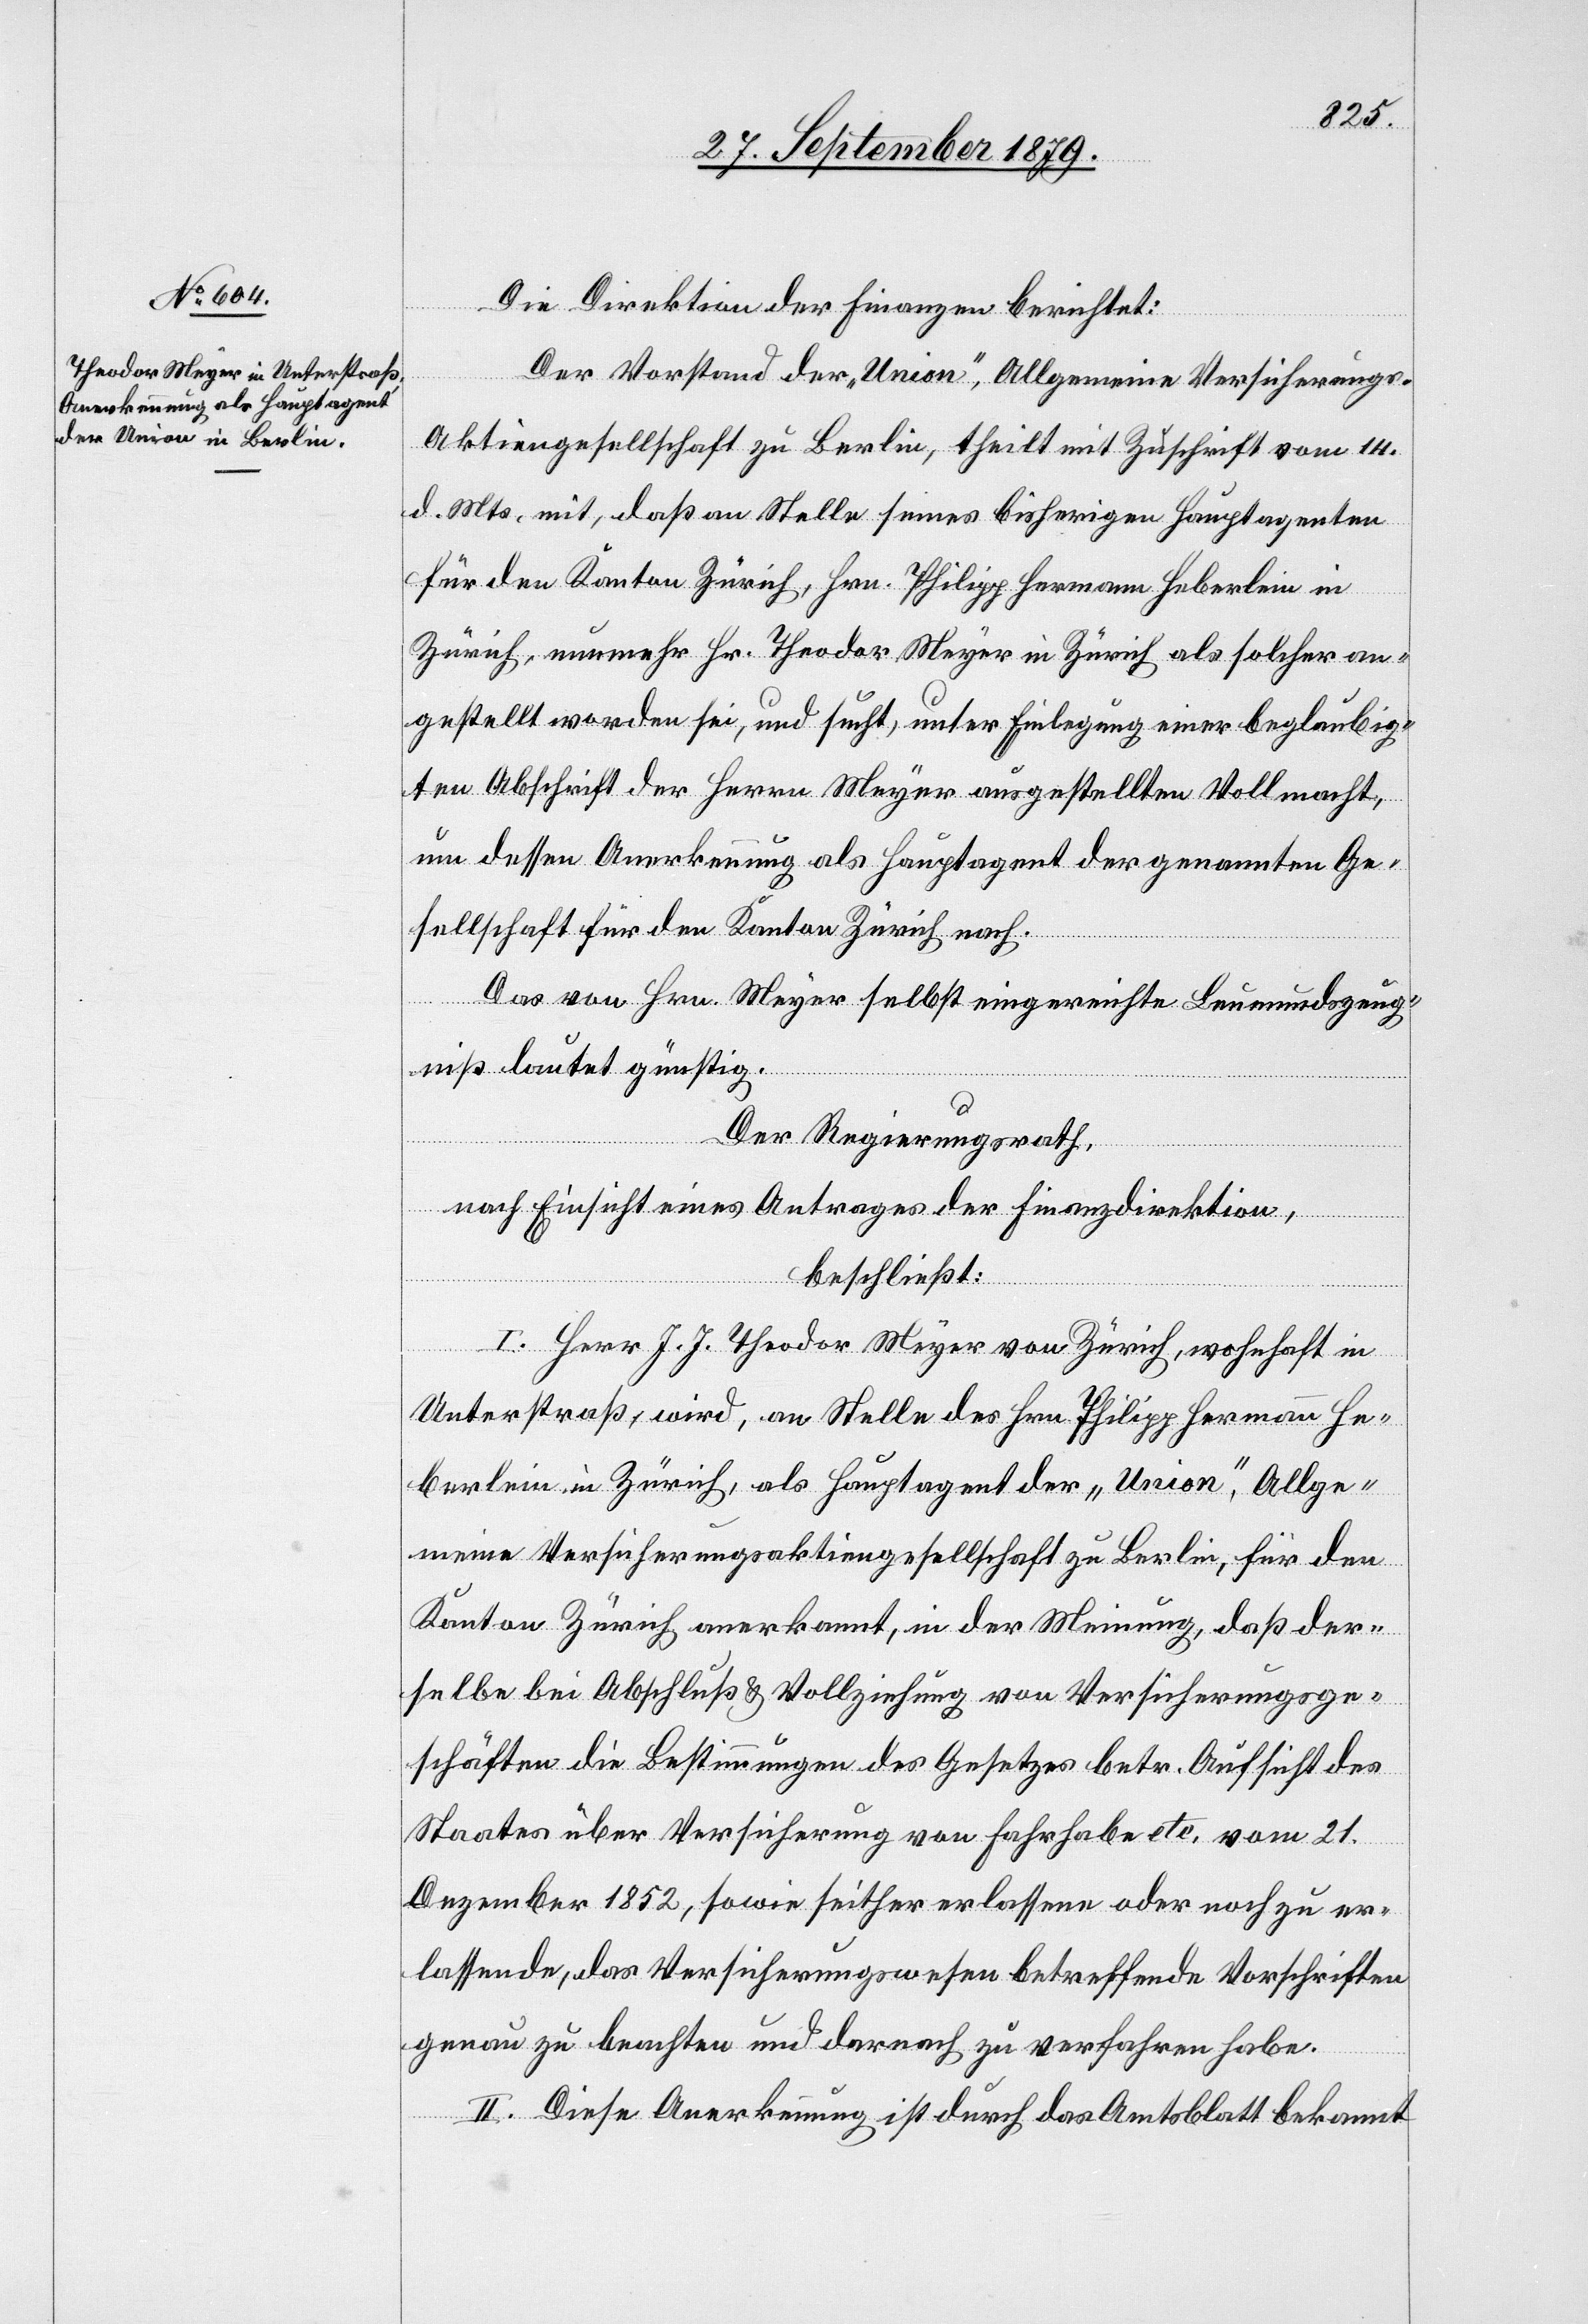
Die Direktion der Finanzen berichtet:
Der Vorstand der „Union“, Allgemeine Versicherungs-A¬
ktiengesellschaft zu Berlin, theilt mit Zuschrift vom 14.
d. Mts. mit, daß an Stelle seines bisherigen Hauptagenten
für den Kanton Zürich, Hrn. Philipp Hermann Heberlein in
Zürich, nunmehr Hr. Theodor Meyer in Zürich als solcher an¬
gestellt worden sei, und sucht, unter Einlegung einer beglaubig¬
ten Abschrift der Herrn Meyer ausgestellten Vollmacht,
um dessen Anerkennung als Hauptagent der genannten Ge¬
sellschaft für den Kanton Zürich nach.
Das von Hrn. Meyer selbst eingereichte Leumundszeug¬
niß lautet günstig.
Der Regierungsrath,
nach Einsicht eines Antrages der Finanzdirektion,
beschließt:
I. Herr J. J. Theodor Meyer von Zürich, wohnhaft in
Unterstraß, wird, an Stelle des Hrn. Philipp Hermann He¬
berlein in Zürich, als Hauptagent der „Union“, Allge¬
meine Versicherungsaktiengesellschaft zu Berlin, für den
Kanton Zürich anerkannt, in der Meinung, daß der¬
selbe bei Abschluß & Vollziehung von Versicherungsge¬
schäften die Bestimmungen des Gesetzes betr. Aufsicht es
Staates über Versicherung von Fahrhabe etc. vom 21.
Dezember 1852, sowie seither erlassene oder noch zu er¬
lassende, das Versicherungswesen betreffende Vorschriften
genau zu beachten und darnach zu verfahren habe.
II. Diese Anerkennung ist durch das Amtsblatt bekannt